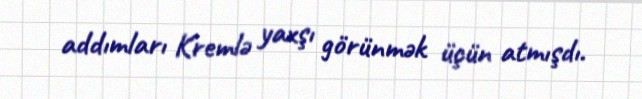
addımları Kremlə yaxşı görünmək üçün atmışdı.